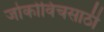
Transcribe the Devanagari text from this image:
जोकोविचसाठी